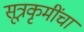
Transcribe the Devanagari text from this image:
सूत्रकृमींचा